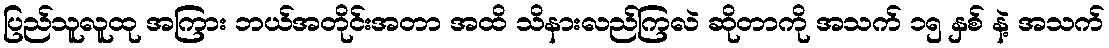
ပြည်သူလူထု အကြား ဘယ်အတိုင်းအတာ အထိ သိနားလည်ကြလဲ ဆိုတာကို အသက် ၁၅ နှစ် နဲ့ အသက်